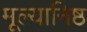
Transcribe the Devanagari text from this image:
मूल्यानिष्ठ